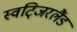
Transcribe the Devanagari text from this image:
स्वटि्जरलैंड